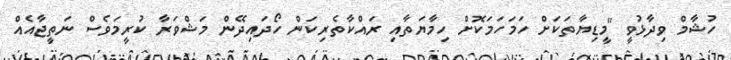
ހުޝާމް ވިދާޅުވީ "މީޑިޔާތަކަށް ހަމަހަމަކޮށް ހިމާޔަތާއި ރައްކާތެރިކަން ހޯދައިދޭން މަޝްވަރާ ކުރީމަވެސް ނަތީޖާއެއް